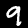
Label: 9